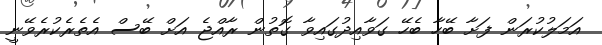
އަމަލުކުރަން ފަށާ ބޭހާ ބެހޭ ގަވާއިދުގައިވާ ގޮތުން ރާއްޖެ އަށް ބޭސް އެތެރެކުރެވޭނީ